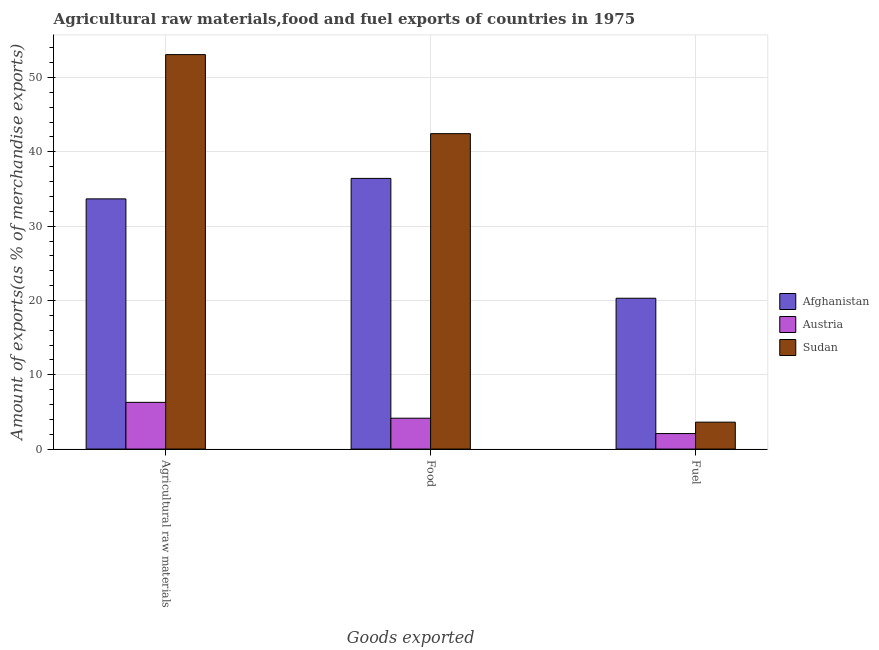
| Goods exported | Afghanistan | Austria | Sudan |
 | --- | --- | --- | --- |
 | Agricultural raw materials | 33.7 | 6.29 | 53.1 |
 | Food | 36.4 | 4.15 | 42.4 |
 | Fuel | 20.3 | 2.09 | 3.62 |